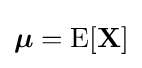
{\boldsymbol {\mu }}=\operatorname {E} [\mathbf {X} ]